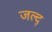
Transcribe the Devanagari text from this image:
जल्द्